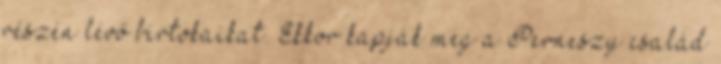
részén lévő birtokaikat. Ekkor kapják meg a Perneszy család